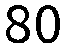
80